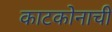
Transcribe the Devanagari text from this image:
काटकोनाची